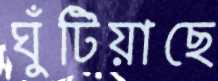
ঘুঁটিয়াছে